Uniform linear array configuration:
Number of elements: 48
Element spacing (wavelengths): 0.25
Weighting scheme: binomial
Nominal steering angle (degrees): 15
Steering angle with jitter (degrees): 15.876
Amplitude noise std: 0.05
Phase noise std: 0.05

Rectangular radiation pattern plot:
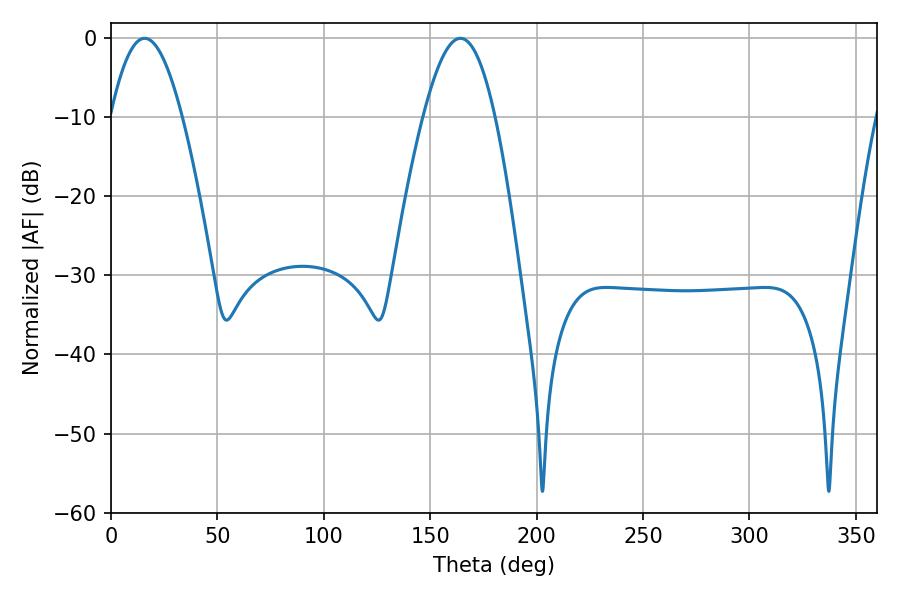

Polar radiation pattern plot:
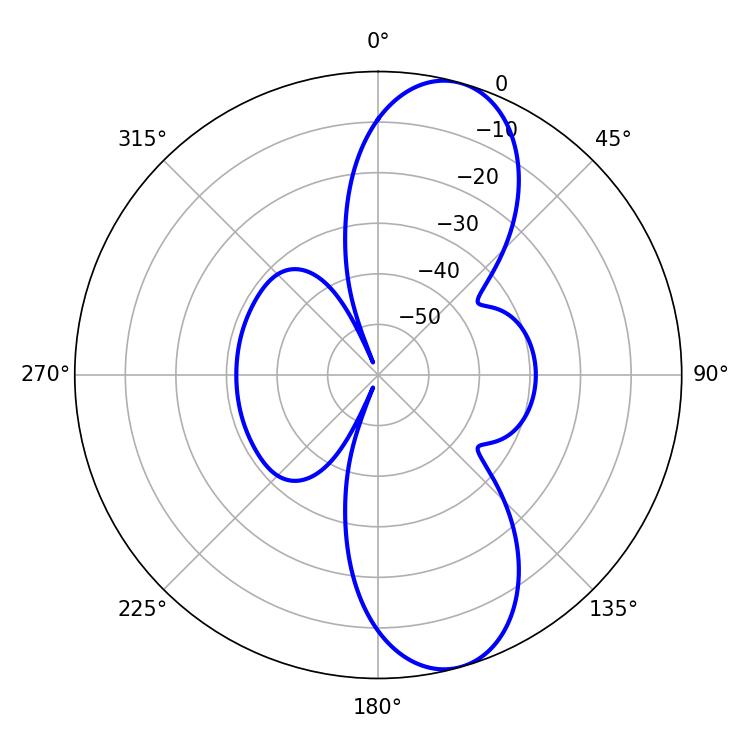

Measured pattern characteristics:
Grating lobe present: FALSE
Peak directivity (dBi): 10.182
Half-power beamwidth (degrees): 18.36
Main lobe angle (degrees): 15.84